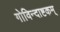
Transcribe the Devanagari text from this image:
गोविन्दाष्टकम्‌